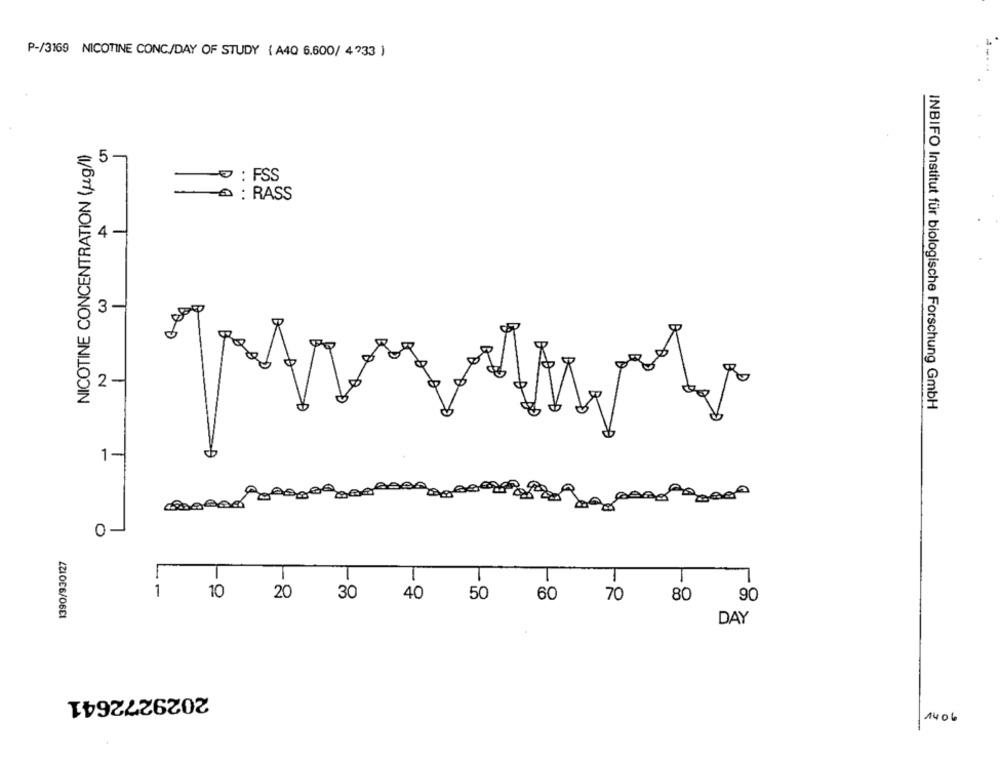
P-/3169 NICOTINE CONC/DAY OF STUDY ( A4Q 6.600/ 4733 )
NICOTINE CONCENTRATION (ug/l)
5 -
: FSS
: RASS
4 -
3 -
00
2 -
INBIFO Institut für biologische Forschung GmbH
1-
PARO 2000
01
T
T
T
1
10
20
30
40
50
80
60
70
90
ZZIOE6/06E1
DAY
2029272641
1406